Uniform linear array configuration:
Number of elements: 12
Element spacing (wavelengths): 0.25
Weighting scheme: exponential
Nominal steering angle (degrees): -45
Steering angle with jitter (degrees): -43.426
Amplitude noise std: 0.05
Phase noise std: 0.05

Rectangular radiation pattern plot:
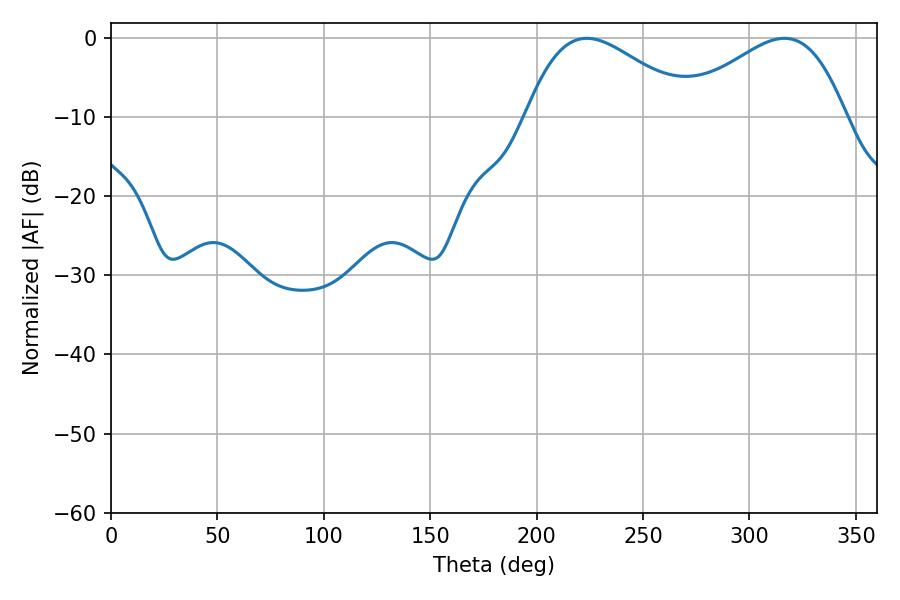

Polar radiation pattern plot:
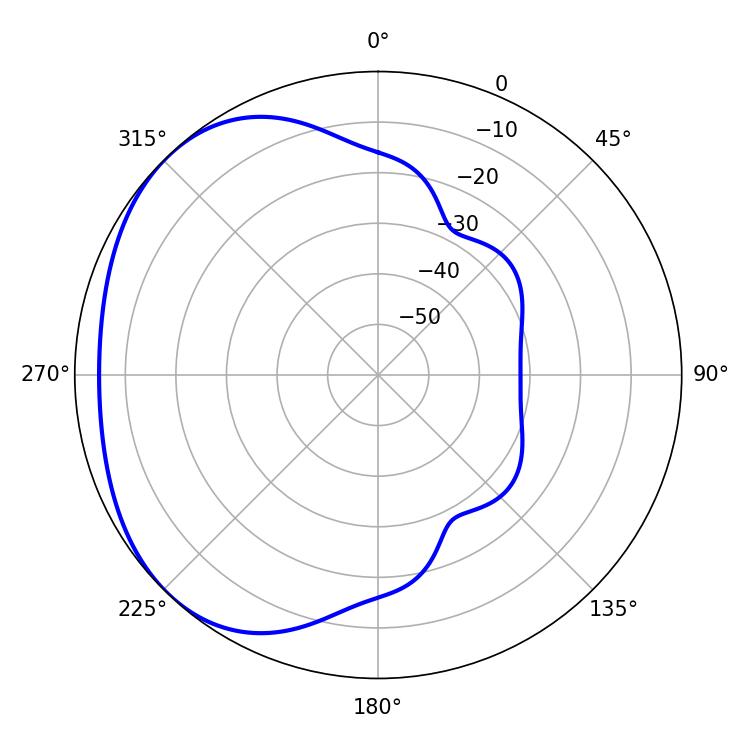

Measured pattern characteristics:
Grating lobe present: FALSE
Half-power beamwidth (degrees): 41.94
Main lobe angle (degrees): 223.56